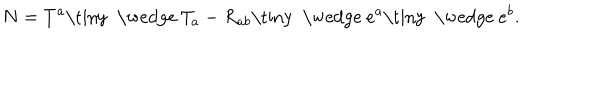
N = T ^ { a } \mathrm { \tiny ~ \wedge ~ } T _ { a } - R _ { a b } \mathrm { \tiny ~ \wedge ~ } e ^ { a } \mathrm { \tiny ~ \wedge ~ } e ^ { b } .